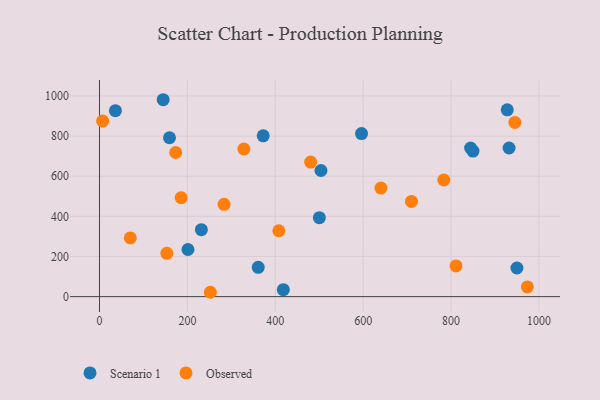
{"axis": {"x": "Experience", "y": "Salary"}, "legend": ["Observed", "Scenario 1"], "data": [{"x": "596.3", "y": 812.4, "type": "Scenario 1"}, {"x": "500.3", "y": 393.2, "type": "Scenario 1"}, {"x": "949.9", "y": 142.7, "type": "Scenario 1"}, {"x": "159.3", "y": 791.9, "type": "Scenario 1"}, {"x": "932.1", "y": 740.6, "type": "Scenario 1"}, {"x": "849.9", "y": 725.3, "type": "Scenario 1"}, {"x": "844.5", "y": 740.6, "type": "Scenario 1"}, {"x": "361.2", "y": 146.0, "type": "Scenario 1"}, {"x": "36.2", "y": 926.9, "type": "Scenario 1"}, {"x": "372.5", "y": 801.4, "type": "Scenario 1"}, {"x": "504.0", "y": 628.6, "type": "Scenario 1"}, {"x": "144.9", "y": 981.3, "type": "Scenario 1"}, {"x": "231.8", "y": 333.8, "type": "Scenario 1"}, {"x": "418.3", "y": 34.7, "type": "Scenario 1"}, {"x": "927.9", "y": 930.8, "type": "Scenario 1"}, {"x": "201.3", "y": 234.7, "type": "Scenario 1"}, {"x": "408.1", "y": 328.3, "type": "Observed"}, {"x": "153.2", "y": 215.5, "type": "Observed"}, {"x": "252.2", "y": 21.6, "type": "Observed"}, {"x": "7.1", "y": 875.0, "type": "Observed"}, {"x": "811.3", "y": 152.8, "type": "Observed"}, {"x": "480.5", "y": 670.4, "type": "Observed"}, {"x": "945.2", "y": 868.3, "type": "Observed"}, {"x": "709.9", "y": 474.2, "type": "Observed"}, {"x": "283.5", "y": 460.2, "type": "Observed"}, {"x": "973.7", "y": 48.1, "type": "Observed"}, {"x": "185.8", "y": 493.1, "type": "Observed"}, {"x": "173.4", "y": 718.2, "type": "Observed"}, {"x": "640.5", "y": 541.1, "type": "Observed"}, {"x": "328.5", "y": 735.8, "type": "Observed"}, {"x": "783.6", "y": 581.3, "type": "Observed"}, {"x": "70.1", "y": 292.5, "type": "Observed"}]}